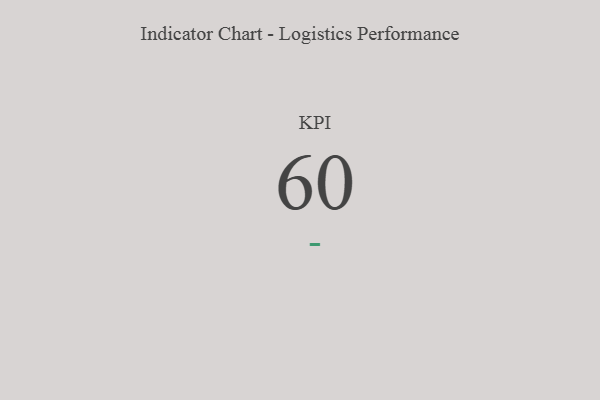
{"axis": {"x": "KPI", "y": "Value"}, "legend": [""], "data": [{"x": "KPI", "y": 60, "type": ""}]}